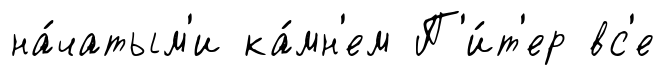
на́чатым'и ка́мн'ем П'и́т'ер вс'е